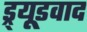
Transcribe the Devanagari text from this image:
ड्र्यूडवाद